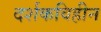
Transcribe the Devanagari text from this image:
दर्शकविहीन